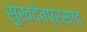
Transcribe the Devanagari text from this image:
सुखदेवप्रसाद